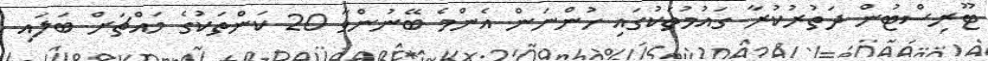
ޓޫރިސްޓުން ދަތުރުކުރާ ގައުމުތަކުގައި ހުންނަން އެންމެ ބޭނުންވާ 20 ކަންތަކުގެ މައްޗަށް ބަލައި